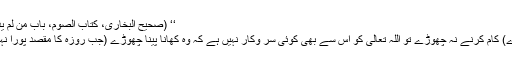
‘‘ (صحیح البخاری، کتاب الصوم، باب من لم یدع قول الزور و العمل بہ، ج:۱، ص:۲۵۵، ط: قدیمی)
’’ جو شخص روزہ میں جھوٹ بولنا اور جھوٹے (بڑے) کام کرنے نہ چھوڑے تو اللہ تعالیٰ کو اس سے بھی کوئی سر وکار نہیں ہے کہ وہ کھانا پینا چھوڑے (جب روزہ کا مقصد پورا نہیں کرتا تو بھوکا پیاسا مرنے کی کیا ضرورت ہے ؟